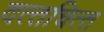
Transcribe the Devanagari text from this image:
दत्‍तचित्‍त